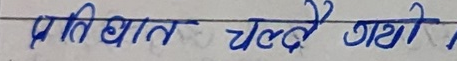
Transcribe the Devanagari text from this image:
प्रतिघात चल्दै गयो